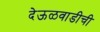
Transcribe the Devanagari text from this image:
देऊळवाडीची